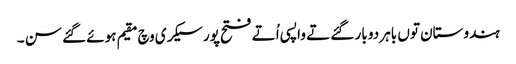
ہندوستان تو‏ں باہر دو بار گئے تے واپسی اُتے فتح پور سیکری وچ مقیم ہوئے گئے سن ۔